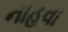
નાહવા